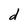
Character: d